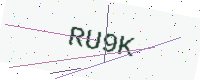
Text: RU9K